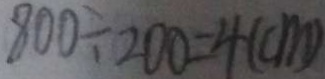
8 0 0 \div 2 0 0 = 4 ( c m )